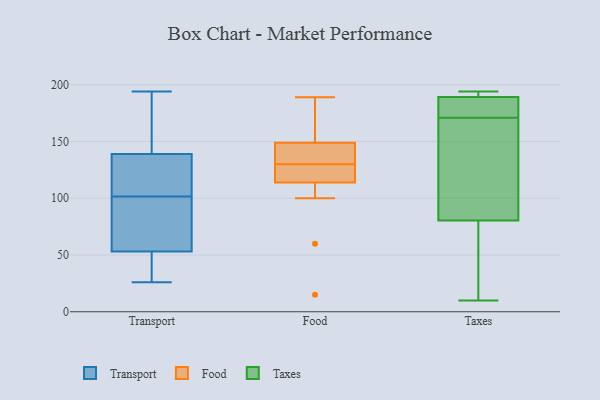
{"axis": {"x": "Latency (ms)", "y": "Value"}, "legend": ["Food", "Taxes", "Transport"], "data": [{"x": "", "y": 105, "type": "Transport"}, {"x": "", "y": 162, "type": "Transport"}, {"x": "", "y": 53, "type": "Transport"}, {"x": "", "y": 75, "type": "Transport"}, {"x": "", "y": 79, "type": "Transport"}, {"x": "", "y": 53, "type": "Transport"}, {"x": "", "y": 166, "type": "Transport"}, {"x": "", "y": 114, "type": "Transport"}, {"x": "", "y": 26, "type": "Transport"}, {"x": "", "y": 139, "type": "Transport"}, {"x": "", "y": 194, "type": "Transport"}, {"x": "", "y": 27, "type": "Transport"}, {"x": "", "y": 131, "type": "Transport"}, {"x": "", "y": 98, "type": "Transport"}, {"x": "", "y": 15, "type": "Food"}, {"x": "", "y": 149, "type": "Food"}, {"x": "", "y": 114, "type": "Food"}, {"x": "", "y": 166, "type": "Food"}, {"x": "", "y": 144, "type": "Food"}, {"x": "", "y": 122, "type": "Food"}, {"x": "", "y": 121, "type": "Food"}, {"x": "", "y": 135, "type": "Food"}, {"x": "", "y": 100, "type": "Food"}, {"x": "", "y": 154, "type": "Food"}, {"x": "", "y": 189, "type": "Food"}, {"x": "", "y": 148, "type": "Food"}, {"x": "", "y": 60, "type": "Food"}, {"x": "", "y": 125, "type": "Food"}, {"x": "", "y": 194, "type": "Taxes"}, {"x": "", "y": 189, "type": "Taxes"}, {"x": "", "y": 190, "type": "Taxes"}, {"x": "", "y": 89, "type": "Taxes"}, {"x": "", "y": 177, "type": "Taxes"}, {"x": "", "y": 171, "type": "Taxes"}, {"x": "", "y": 191, "type": "Taxes"}, {"x": "", "y": 55, "type": "Taxes"}, {"x": "", "y": 91, "type": "Taxes"}, {"x": "", "y": 175, "type": "Taxes"}, {"x": "", "y": 10, "type": "Taxes"}, {"x": "", "y": 134, "type": "Taxes"}, {"x": "", "y": 22, "type": "Taxes"}]}